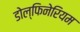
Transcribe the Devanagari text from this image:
डोल्फिनेरियम